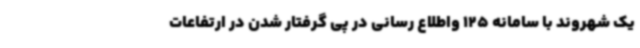
یک شهروند با سامانه 125 واطلاع رسانی در پی گرفتار شدن در ارتفاعات